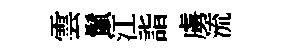
雲鬛江詣虜流